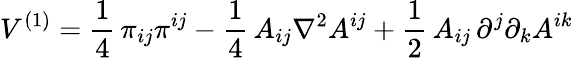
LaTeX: V^{(1)}=\frac{1}{4}\, \pi_{ij}\pi^{ij}-\frac{1}{4}\, A_{ij}\nabla^{2}A^{ij}+\frac{1}{2}\, A_{ij}\, \partial^{j}\partial_{k}A^{ik}